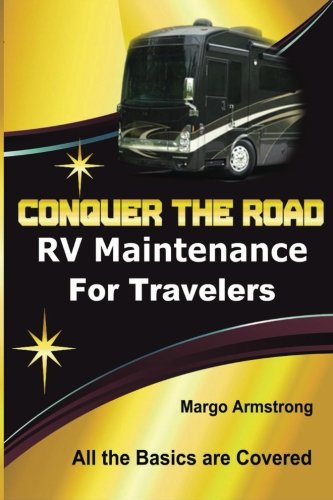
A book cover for Conquer The Road: RV Maintenance for Travelers; Margo Armstrong; Travel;